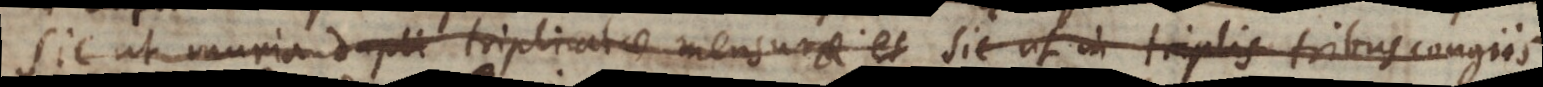
Sic ut muria dupli triplicatae mensurae et Sic ut in triplis tribus congiis